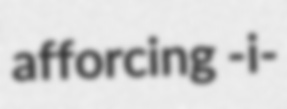
afforcing -i-